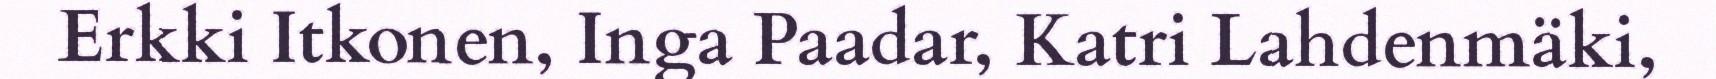
Erkki Itkonen, Inga Paadar, Katri Lahdenmäki,